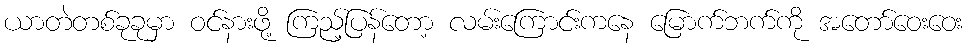
ယာတဲတစ်ခုခုမှာ ဝင်နားဖို့ ကြည့်ပြန်တော့ လမ်းကြောင်းကနေ မြောက်ဘက်ကို အတော်ဝေးဝေး